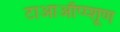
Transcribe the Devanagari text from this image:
टाआऑंप्प्शूण